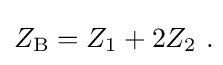
Z_{\mathrm {B} }=Z_{1}+2Z_{2}\ .\!